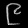
Digit: ၉